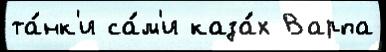
та́нк'и са́м'и каза́х Варпа